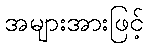
အများအားဖြင့်